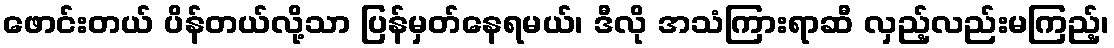
ဖောင်းတယ် ပိန်တယ်လို့သာ ပြန်မှတ်နေရမယ်၊ ဒီလို အသံကြားရာဆီ လှည့်လည်းမကြည့်၊